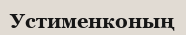
Устименконың